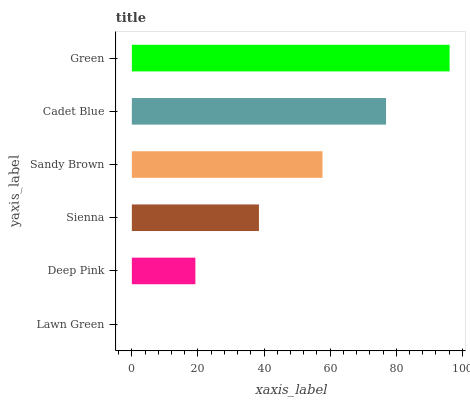
| yaxis_label | bars |
 | --- | --- |
 | Lawn Green | 0 |
 | Deep Pink | 19.2 |
 | Sienna | 38.4 |
 | Sandy Brown | 57.7 |
 | Cadet Blue | 76.9 |
 | Green | 96.1 |